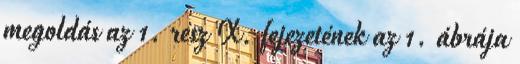
megoldás az 1. rész X. fejezetének az 1. ábrája